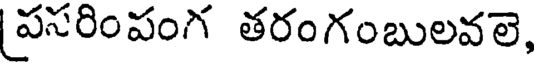
పసరింపంగ తరంగంబులవలె,